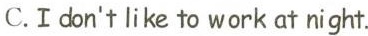
C.I don't like to work at night.